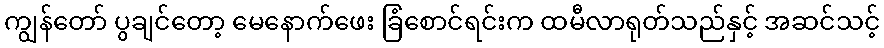
ကျွန်တော် ပွချင်တော့ မေနောက်ဖေး ခြံစောင်ရင်းက ထမီလာရုတ်သည်နှင့် အဆင်သင့်